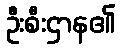
ဦးစီးဌာန၏